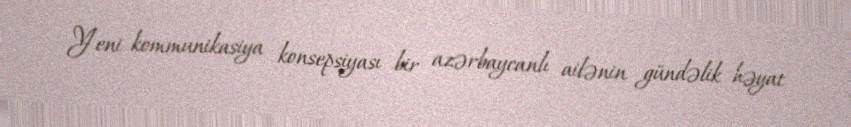
Yeni kommunikasiya konsepsiyası bir azərbaycanlı ailənin gündəlik həyat